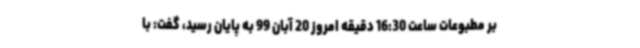
بر مطبوعات ساعت 16:30 دقیقه امروز 20 آبان 99 به پایان رسید، گفت: با